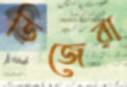
ডিজেরা